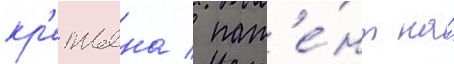
кр'етьена / пат'е́нт на́